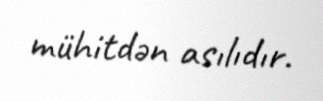
mühitdən asılıdır.